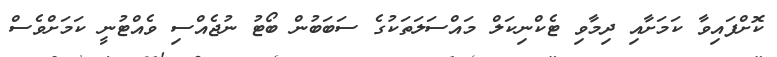
ކޮށްފައިވާ ކަމަށާއި ދިމާވި ޓެކްނިކަލް މައްސަލަތަކުގެ ސަބަބުން ބޯޓު ނުޖެއްސި ވެއްޓުނީ ކަމަށްވެސް